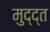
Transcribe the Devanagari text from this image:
मुद्द्त